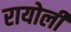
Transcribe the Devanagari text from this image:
रायोली